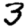
Digit: 3